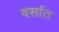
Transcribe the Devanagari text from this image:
बर्सात